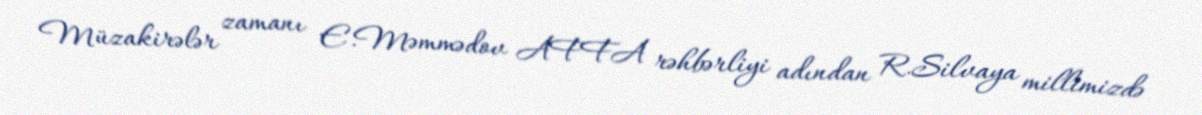
Müzakirələr zamanı E.Məmmədov AFFA rəhbərliyi adından R.Silvaya millimizdə